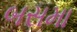
બસમા